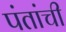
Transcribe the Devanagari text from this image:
पंतांची